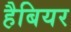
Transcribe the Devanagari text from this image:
हैबियर